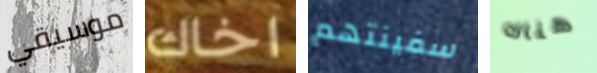
موسيقي اخاك سفينتهم هناك